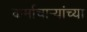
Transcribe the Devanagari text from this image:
कर्माचाऱ्यांच्या